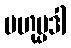
ဗဟုပ္ပဒါ